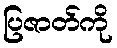
ပြဇာတ်ကို